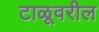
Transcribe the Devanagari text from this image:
टाळूवरील